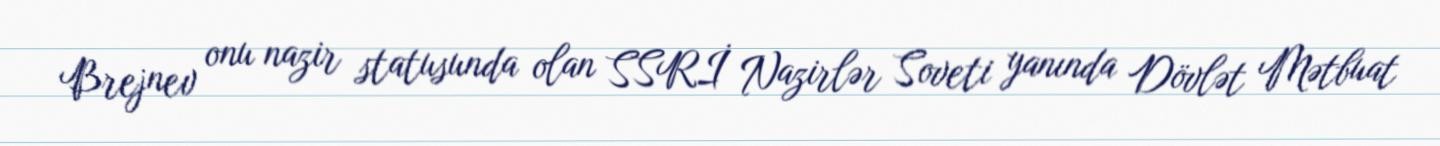
Brejnev onu nazir statusunda olan SSRİ Nazirlər Soveti yanında Dövlət Mətbuat